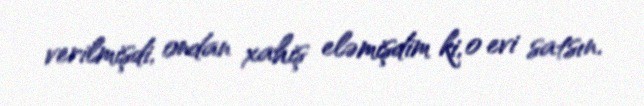
verilmişdi, ondan xahiş eləmişdim ki, o evi satsın.